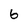
Character: 6